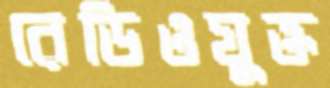
রেডিওযুক্ত